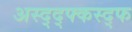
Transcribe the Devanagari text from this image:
अस्द्द्फ्कस्द्फ